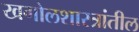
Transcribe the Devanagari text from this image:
खगोलशास्त्रांतील